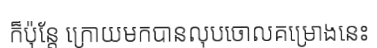
ក៏ប៉ុន្តែ ក្រោយមកបានលុបចោលគម្រោងនេះ